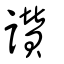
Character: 讚